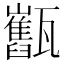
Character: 𤮯